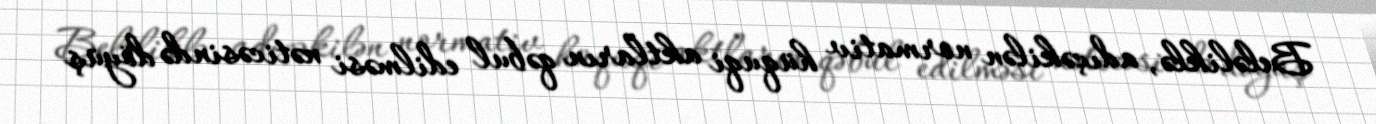
Beləliklə, adıçəkilən normativ hüquqi aktların qəbul edilməsi nəticəsində döyüş